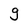
Character: g